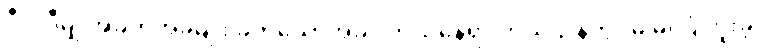
ဒီလိုဒီမျှ အခက်အခဲမျိုး ခက်သောအခါ၊ ဘယ်နေရာ ဘယ်ဌာနတွင်မှ မကြုံဘူးခဲ့၊